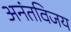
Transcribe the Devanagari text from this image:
अनंतविजय